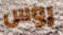
روس